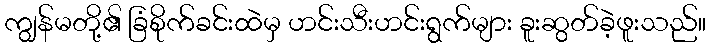
ကျွန်မတို့၏ ခြံစိုက်ခင်းထဲမှ ဟင်းသီးဟင်းရွက်များ ခူးဆွတ်ခဲ့ဖူးသည်။